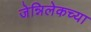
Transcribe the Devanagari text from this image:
जेन्निलेकच्या